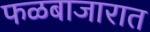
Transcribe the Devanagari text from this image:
फळबाजारात